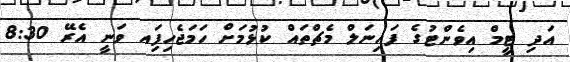
އަދި ޓީމް އިވެންޓުގެ ފައިނަލް މެޗްތައް ކުޅުމަށް ހަމަޖެހިފަިއ ވަނީ އެރޭ 8:30